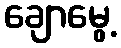
ချောမွေ့